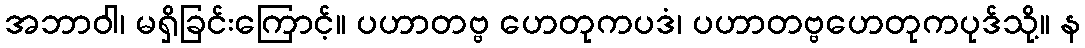
အဘာဝါ၊ မရှိခြင်းကြောင့်။ ပဟာတဗ္ဗ ဟေတုကပဒံ၊ ပဟာတဗ္ဗဟေတုကပုဒ်သို့။ န